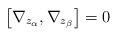
\begin{align*}\left[ \nabla_{z_\alpha}, \nabla_{z_\beta}\right] = 0\end{align*}